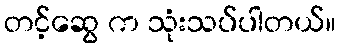
တင့်ဆွေ က သုံးသပ်ပါတယ်။